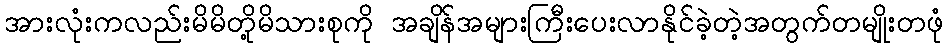
အားလုံးကလည်းမိမိတို့မိသားစုကို အချိန်အများကြီးပေးလာနိုင်ခဲ့တဲ့အတွက်တမျိုးတဖုံ